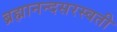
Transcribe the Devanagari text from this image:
ब्रह्मानन्दसरस्वती